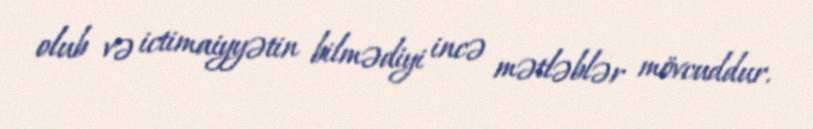
olub və ictimaiyyətin bilmədiyi incə mətləblər mövcuddur.